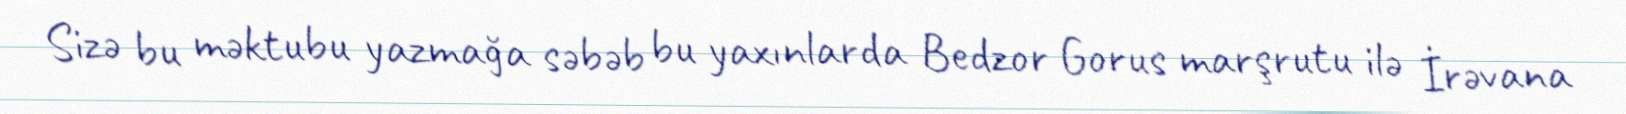
Sizə bu məktubu yazmağa səbəb bu yaxınlarda Bedzor Gorus marşrutu ilə İrəvana